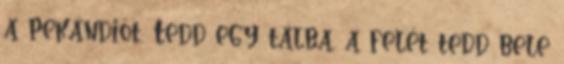
a pekándiót. Tedd egy tálba, a felét tedd bele